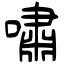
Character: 嘯